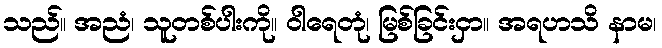
သည်။ အညံ၊ သူတစ်ပါးကို။ ဝါရေတုံ၊ မြစ်ခြင်းငှာ။ အရဟသိ နာမ၊